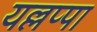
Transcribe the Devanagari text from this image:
यल्लप्पा